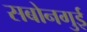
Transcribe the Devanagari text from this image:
सबोनगुई